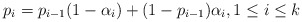
\begin{align*}p_i = p_{i-1} (1-\alpha_i) + (1-p_{i-1}) \alpha_i, 1\leq i\leq k\end{align*}